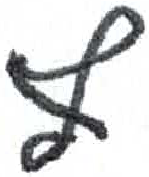
אות: ף